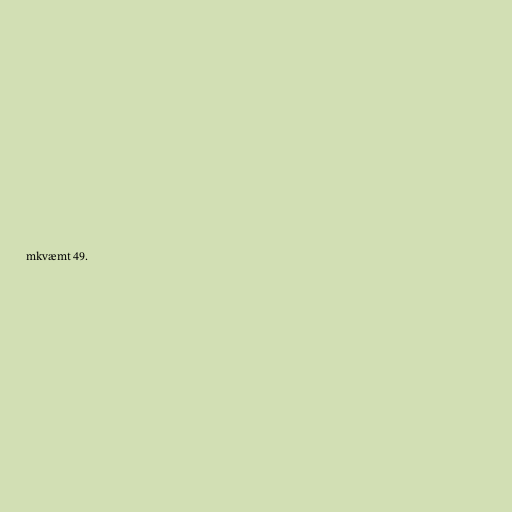
mkvæmt 49.